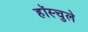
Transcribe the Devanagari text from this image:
हॉस्चुले